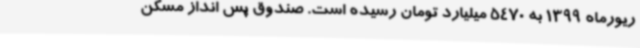
ریورماه 1399 به 5470 میلیارد تومان رسیده است. صندوق پس انداز مسکن